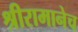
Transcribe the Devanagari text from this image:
श्रीरामानेच